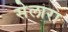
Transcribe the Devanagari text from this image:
सेलारा